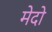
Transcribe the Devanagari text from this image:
मेदो